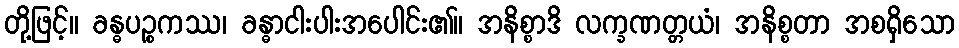
တို့ဖြင့်။ ခန္ဓပဉ္စကဿ၊ ခန္ဓာငါးပါးအပေါင်း၏။ အနိစ္စာဒိ လက္ခဏတ္တယံ၊ အနိစ္စတာ အစရှိသော